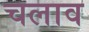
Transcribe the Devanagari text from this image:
चलाव